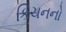
કિચનનો